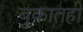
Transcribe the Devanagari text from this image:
बुकातही